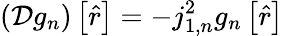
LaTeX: \left(\mathcal{D}g_{n}\right)\left[\hat{r}\right]=-j_{1,n}^{2}g_{n}\left[\hat{r}\right]